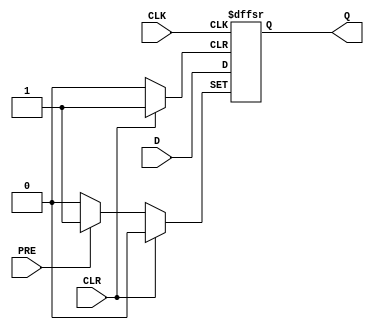
module d_ff_async_preset (
    input wire D,
    input wire CLK,
    input wire PRE,
    input wire CLR,
    output reg Q
);

always @(posedge CLK or posedge PRE or posedge CLR) begin
    if (PRE) begin
        Q <= 1'b1;
    end else if (CLR) begin
        Q <= 1'b0;
    end else begin
        Q <= D;
    end
end

endmodule